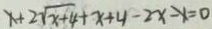
x + 2 \sqrt { x + 4 } + x + 4 - 2 x - x = 0